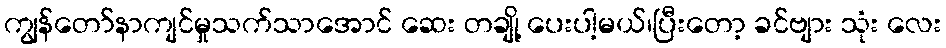
ကျွန်တော်နာကျင်မှုသက်သာအောင် ဆေး တချို့ ပေးပါ့မယ်၊ပြီးတော့ ခင်ဗျား သုံး လေး